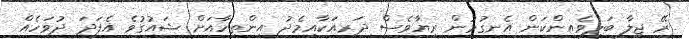
ރޭ ޖިލާ ބަލިވެއިންކަން އެނގުމުން ރިޔާވެސް ދަރިއަކާއިމެދު އިންތިހާއަށް ޝައުގުވެ އެފަދަ ދުވަހެއް